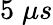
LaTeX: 5\; \mu s